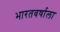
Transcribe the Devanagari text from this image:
भारतवर्षाला